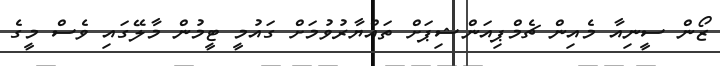
ޒޯން ސީނިއާ މެއިން ޗެމްޕިއަންޝިޕަށް ތައްޔާރުވުމަށް ގައުމީ ޓީމުން މާލޭގައި ވެސް މީގެ